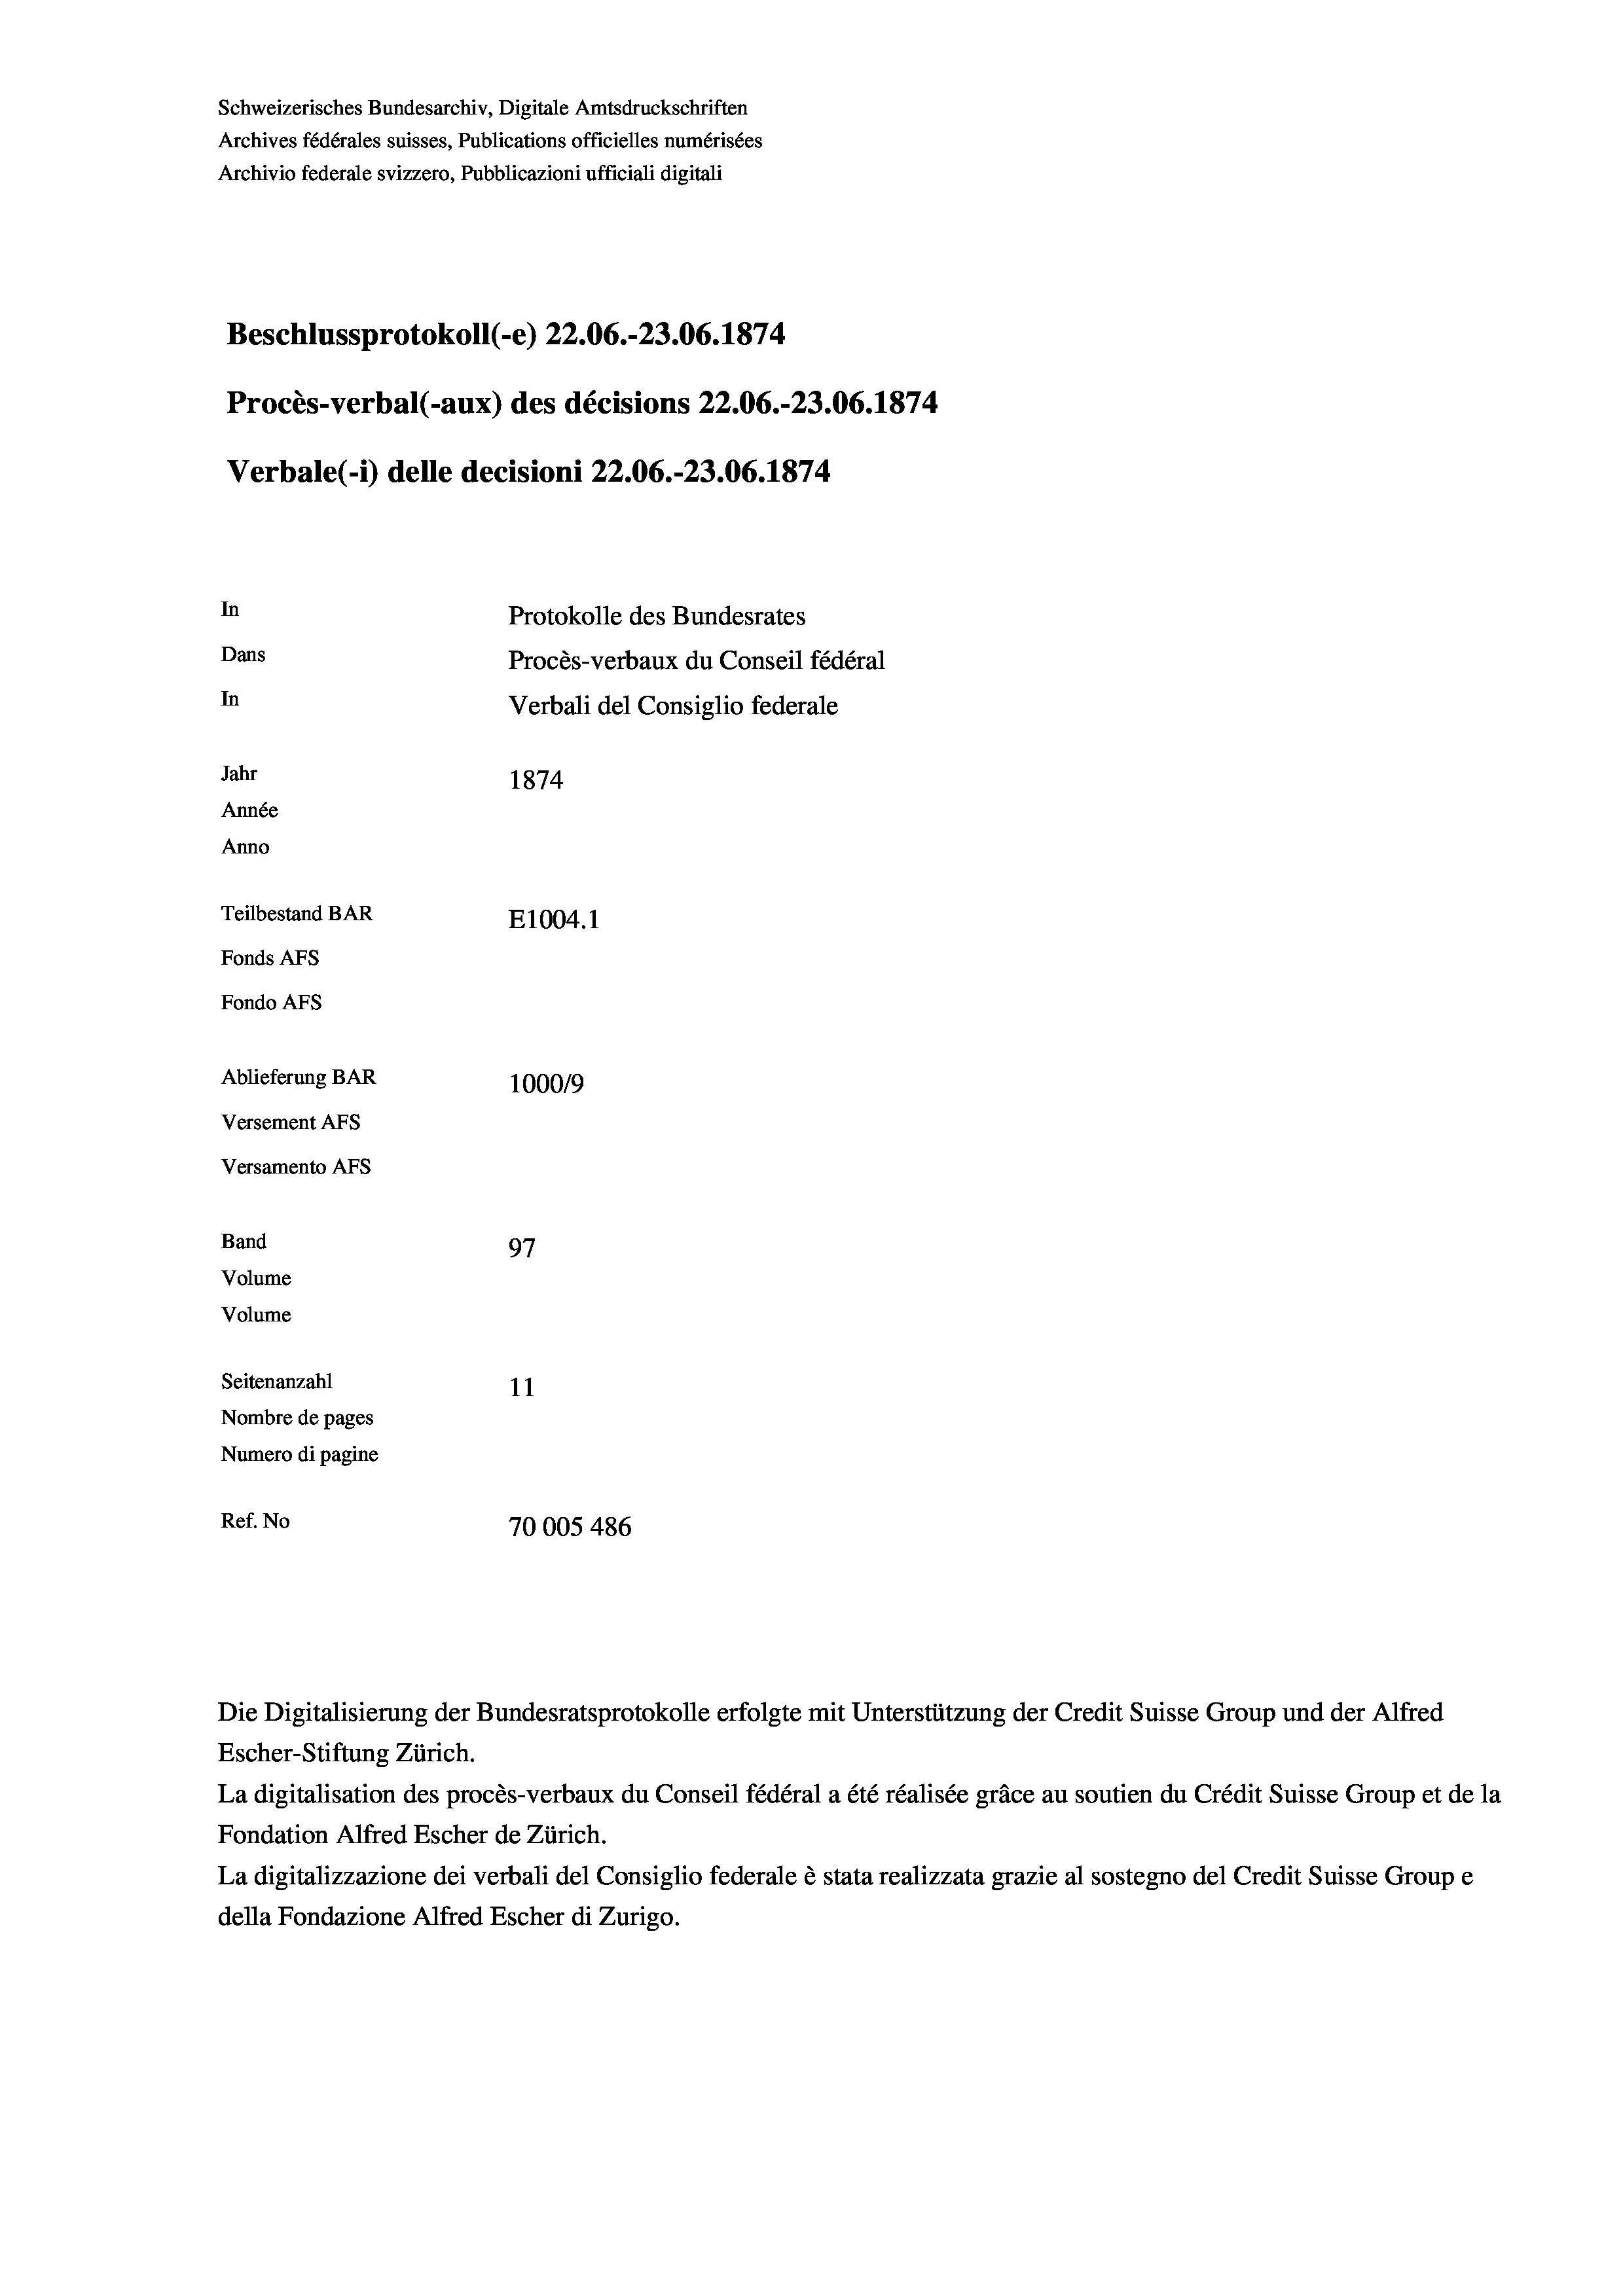
Schweizerisches Bundesarchiv, Digitale Amtsdruckschriften
Archives fédérales suisses, Publications officielles numérisées
Protokolle des Bundesrates
Dans
Procès-verbaux du Conseil fédéral
In
Verbali del Consiglio federale
Jahr
1874
Année
Anno
Teilbestand BAR
E1004. 1
Fonds AEs
Fondo AFS
Ablieferung BAR
100019
Versement AFs
Versamento AFs

In

Band

Archivio federale svizzero, Pubblicazioni ufficiali digitali

Beschlussprotokoll (-e) 22.06.-23.06. 1874

Procès-verbal (-aux) des décisions 22.06.-23.06. 1874
Verbale (- 1) delle decisioni 22.06.-23.06. 1874

97
Volume
Volume
Seitenanzahl
11
Nombre de pages
Numero di pagine
Ref. No
70005 486

Die Digitalisierung der Bundesratsprotokolle erfolgte mit Unterstützung der Credit Suisse Group und der Alfred
Escher-Stiftung Zürich.
La digitalisation des procès-verbaux du Conseil fédéral a été réalisée gräce au soutien du Crédit Suisse Group et de la
Fondation Alfred Escher de Zürich.
La digitalizzazione dei verbali del Consiglio federale è stata realizzata grazie al sostegno del Credit Suisse Groupe
della Fondazione Alfred Escher di Zurigo.